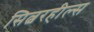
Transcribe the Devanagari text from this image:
सिल्वरहील्स